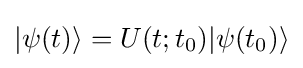
|\psi (t)\rangle =U(t;t_{0})|\psi (t_{0})\rangle